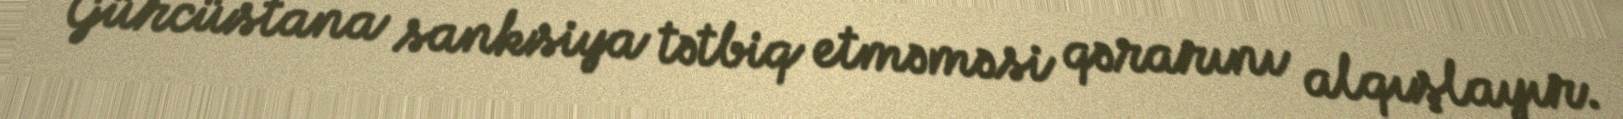
Gürcüstana sanksiya tətbiq etməməsi qərarını alqışlayır.